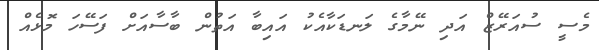
މެސީ ސުއަރޭޒް އަދި ނޭމާގެ ލަނޑަކާއެކު އައިބާ އަތުން ބާސާއަށް ފަސޭހަ މޮޅެއް